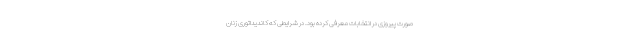
صورت پیروزی در انتخابات معرفی کرده بود. در شرایطی که کاندیداتوری زنان